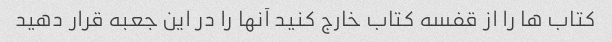
کتاب ها را از قفسه کتاب خارج کنید آنها را در این جعبه قرار دهید